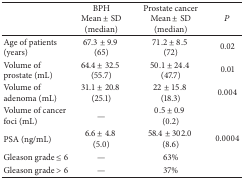
|  | BPHMean ± SD(median) | Prostate cancerMean ± SD(median) | P |
 | --- | --- | --- | --- |
 | Age of patients (years) | 67.3 ± 9.9 (65) | 71.2 ± 8.5 (72) | 0.02 |
 | Volume of prostate (mL) | 64.4 ± 32.5 (55.7) | 50.1 ± 24.4 (47.7) | 0.01 |
 | Volume of adenoma (mL) | 31.1 ± 20.8 (25.1) | 22 ± 15.8 (18.3) | 0.004 |
 | Volume of cancer foci (mL) | — | 0.5 ± 0.9 (0.2) |  |
 | PSA (ng/mL) | 6.6 ± 4.8 (5.0) | 58.4 ± 302.0 (8.6) | 0.0004 |
 | Gleason grade ≤ 6 | — | 63% |  |
 | Gleason grade > 6 | — | 37% |  |